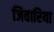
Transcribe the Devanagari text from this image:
जिवारिया